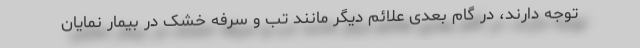
توجه دارند، در گام بعدی علائم دیگر مانند تب و سرفه خشک در بیمار نمایان